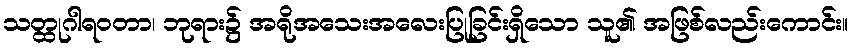
သတ္ထုဂါရဝတာ၊ ဘုရား၌ အရိုအသေးအလေးပြုခြင်းရှိသော သူ၏ အဖြစ်လည်းကောင်း။